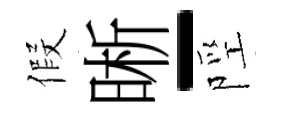
假晰-陘